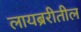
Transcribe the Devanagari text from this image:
लायब्ररीतील